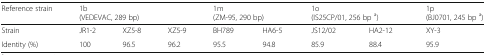
<table><thead><tr><td><b>Reference strain</b></td><td colspan="3"><b>1b(VEDEVAC, 289 bp)</b></td><td colspan="2"><b>1m(ZM-95, 290 bp)</b></td><td colspan="2"><b>1o(IS25CP/01, 256 bp <sup>a</sup>)</b></td><td><b>1p(BJ0701, 245 bp <sup>a</sup>)</b></td></tr></thead><tbody><tr><td>Strain</td><td>JR1-2</td><td>XZ5-8</td><td>XZ5-9</td><td>BH789</td><td>HA6-5</td><td>JS12/02</td><td>HA2-12</td><td>XY-3</td></tr><tr><td>Identity (%)</td><td>100</td><td>96.5</td><td>96.2</td><td>95.5</td><td>94.8</td><td>85.9</td><td>88.4</td><td>95.9</td></tr></tbody></table>